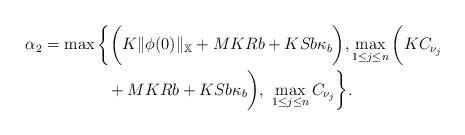
LaTeX: \begin{align*}\alpha_{2}&=\max\bigg\{\bigg(K\|\phi(0)\|_{\mathbb{X}} +MKRb +KSb\kappa_{b}\bigg), \max_{1\leq j\leq n}\bigg(KC_{\nu_{j}}\\&\qquad\qquad+ MKRb+KSb\kappa_{b}\bigg), \ \max_{1\leq j\leq n}C_{\nu_{j}}\bigg\}.\end{align*}